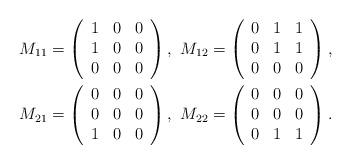
LaTeX: \begin{gather*}M_{11}=\left(\begin{array}{ccc}1&0&0\\ 1&0&0\\ 0&0&0\end{array}\right),\,\,M_{12}=\left(\begin{array}{ccc}0&1&1\\ 0&1&1\\ 0&0&0\end{array}\right),\\M_{21}=\left(\begin{array}{ccc}0&0&0\\ 0&0&0\\ 1&0&0\end{array}\right),\,\,M_{22}=\left(\begin{array}{ccc}0&0&0\\ 0&0&0\\ 0&1&1\end{array}\right).\end{gather*}